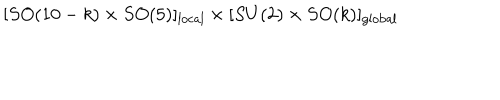
LaTeX: [ S O ( 1 0 - k ) \times S O ( 5 ) ] _ { \mathrm { l o c a l } } \times [ S U ( 2 ) \times S O ( k ) ] _ { \mathrm { g l o b a l } }